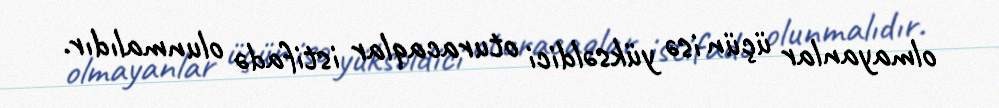
olmayanlar üçün isə yüksəldici oturacaqlar istifadə olunmalıdır.